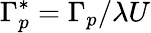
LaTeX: \Gamma_{p}^{*}=\Gamma_{p}/\lambda U